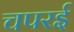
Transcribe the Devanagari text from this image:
चपरई